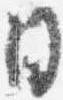
日